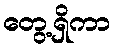
တွေ့ရှိကာ